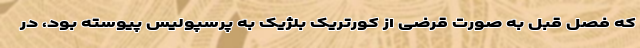
که فصل قبل به صورت قرضی از کورتریک بلژیک به پرسپولیس پیوسته بود، در